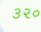
૩૨૦